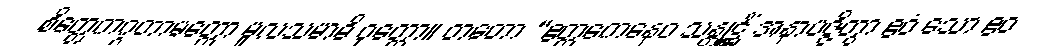
စိတ္တေကဂ္ဂတာမတ္တော မူလသမာဓိ ဝုတ္တော။ တတော “ဧတ္တကေနေဝ သန္တုဋ္ဌိံ အနာပဇ္ဇိတွာ ဧဝံ သော ဧဝ